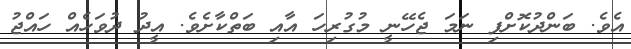
އެވެ. ބަންދުކޮށްފި ނަމަ ޖެހޭނީ މުގުރިހަ އާއި ބަތްކާށެވެ. އީދު ދުވަހެއް ހައްޖު